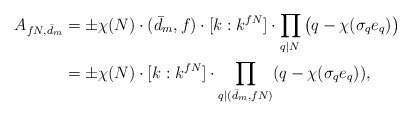
\begin{align*}A_{fN,\bar{d}_m} &= \pm \chi(N) \cdot (\bar{d}_m,f) \cdot [k:k^{fN}] \cdot \prod_{q \mid N} \big( q- \chi(\sigma_q e_q) \big) \\&= \pm \chi(N) \cdot [k:k^{fN}] \cdot \prod_{q \mid (\bar{d}_m,fN)} (q- \chi(\sigma_qe_q)),\end{align*}